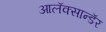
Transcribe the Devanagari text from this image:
आलॅक्सान्डॅर